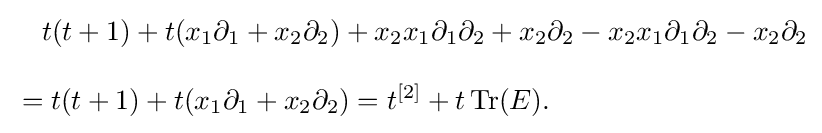
{\begin{aligned}&{}\quad t(t+1)+t(x_{1}\partial _{1}+x_{2}\partial _{2})+x_{2}x_{1}\partial _{1}\partial _{2}+x_{2}\partial _{2}-x_{2}x_{1}\partial _{1}\partial _{2}-x_{2}\partial _{2}\\[8pt]&=t(t+1)+t(x_{1}\partial _{1}+x_{2}\partial _{2})=t^{[2]}+t\,\mathrm {Tr} (E).\end{aligned}}